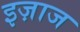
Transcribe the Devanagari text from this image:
इज़ाज